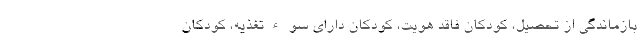
بازماندگی از تحصیل، کودکان فاقد هویت، کودکان دارای سوء‌تغذیه، کودکان